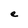
Character: e